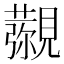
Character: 𧢖